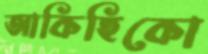
আকিহিকো